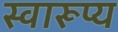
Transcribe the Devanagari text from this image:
स्वारूप्य